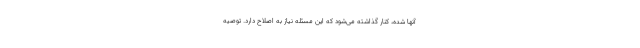
آنها شده، کنار گذاشته می‌شود که این مسئله نیاز به اصلاح دارد. توصیه